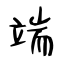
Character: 端